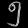
Digit: ၅